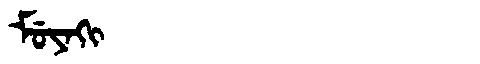
Manchu: ᠮᡠᠶᠠᡴᡳ
Romanization: MUYAKI